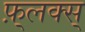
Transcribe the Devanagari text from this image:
फ़्लक्स्